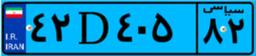
۸۳D۲۷۳۵۹